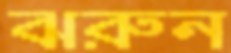
ঝরুন